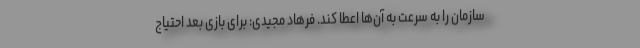
سازمان را به سرعت به آن‌ها اعطا کند. فرهاد مجیدی: برای بازی بعد احتیاج